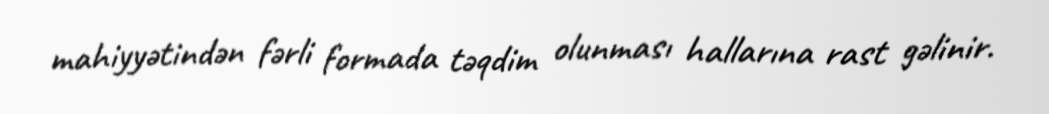
mahiyyətindən fərli formada təqdim olunması hallarına rast gəlinir.